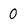
Character: 0